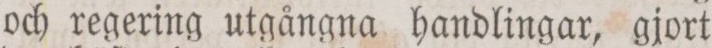
och regering utgångna handlingar, gjort